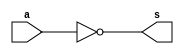
// -------------------------
// Exemplo0032 - 
// Nome: Andre Henriques Fernandes
// -------------------------
// -------------------------
// -------------------------

module notgate(output [1:0] s, input [1:0]a);

	assign s = ~a;

endmodule

module andgate(output [1:0] s,
                    input  [1:0] a,
                    input  [1:0] b);
	assign s = a & b;
endmodule //andgate

module and3(output [1:0] s,
                    input  [1:0] a,
                    input  [1:0] b,
                    input  [1:0] c);
	wire [1:0] x;
	andgate AND1(x,a,b);
	andgate AND2(s,x,c);
endmodule //and3

module orgate(output [1:0] s,
                    input  [1:0] a,
                    input  [1:0] b);
	assign s = a | b;
endmodule //orgate

module test_f4;
// ------------------------- definir dados
	reg [1:0] x;
	reg [1:0] y;
	reg [1:0] op;
	wire [1:0] s1;
	wire [1:0] s2;
	wire [1:0] s3;
	wire [1:0] s4;
	wire [1:0] s;
	
	orgate OR1(s4,x,y);
	and3 AND1(s3,x,y,op);
	notgate NOT1(s2,op);
	andgate AND2(s1,s4,s2);
	orgate OR2(s,s1,s3);
	
// ------------------------- parte principal
   initial begin
      $display("Exemplo0032 - Andre Henriques Fernandes - 427386");
      $display("Test LU's module");
		x = 2'b00;      y = 2'b00;     op = 2'b00;
   	
		// projetar testes do modulo
		
		$monitor("%4b %4b %4b = %4b",op,x,y,s);
		#1 x = 2'b00; y = 2'b00; op = 2'b01;
		#1 x = 2'b00; y = 2'b11; op = 2'b01;
		#1 x = 2'b11; y = 2'b00; op = 2'b01;
		#1 x = 2'b11; y = 2'b11; op = 2'b01;
end
endmodule // test_f4